Report of the Municipal Commissioner on the plague in Bombay for the year ending 31st May... - Volume 1
Disease focus: Plague
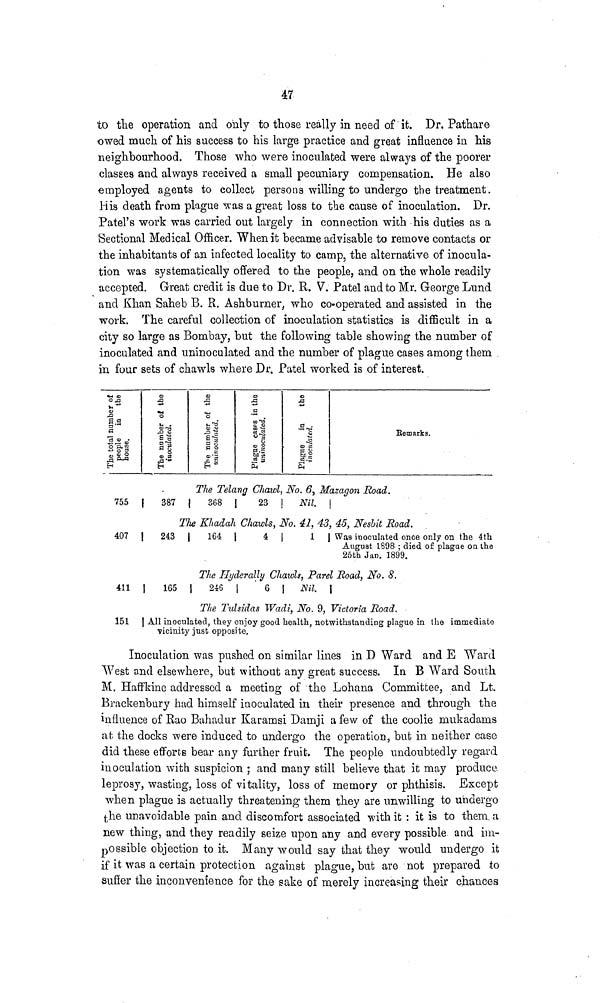
47
to the operation and only to those really in need of it. Dr. Pathare
owed much of his success to his large practice and great influence in his
neighbourhood. Those who were inoculated were always of the poorer
classes and always received a small pecuniary compensation. He also
employed agents to collect persons willing to undergo the treatment.
His death from plague was a great loss to the cause of inoculation. Dr.
Patel's work was carried out largely in connection with his duties as a
Sectional Medical Officer. When it became advisable to remove contacts or
the inhabitants of an infected locality to camp, the alternative of inocula-
tion was systematically offered to the people, and on the whole readily
accepted. Great credit is due to Dr. R. V. Patel and to Mr. George Lund
and Khan Saheb B. R. Ashburner, who co-operated and assisted in the
work. The careful collection of inoculation statistics is difficult in a
city so large as Bombay, but the following table showing the number of
inoculated and uninoculated and the number of plague cases among them
in four sets of chawls where Dr. Patel worked is of interest.
755
The number of the innoculated.
|
387
The number of the uninoculated. Platue in the inoculated.
Bemarks.
The Telang Chawl, No. 6, Mazagon Road.
\
368 | 23 Nil.
The Khadah Chawls, No. 41, 43, 45, Neslit Road.
407
411
151
243
|
165
j
164
4
1
Was inoculated once only on the 4th
August 1898 ; died of plague on the
25th Jan. 1899.
The Hy der ally Chawls, P arel Road, No. 8.
\
246
6 I
Nil. 1
The Tulsidas Wadi, No. 9, Victoria Road.
I All inoculated they enjoy good health, notwithstanding plague in the immediate
vicinity just opposite.
Inoculation was pushed on similar lines in D Ward and E Ward
West and elsewhere, but without any great success. In B Ward South
M. Haffkine addressed a meeting of the Lohana Committee, and Lt.
Brackenbury had himself inoculated in their presence and through the
influence of Rao Bahadur Karamsi Damji a few of the coolie mukadams
at the docks were induced to undergo the operation, but in neither case
did these efforts bear any further fruit. The people undoubtedly regard
inoculation with suspicion ; and many stilt believe that it may produce,
leprosy, wasting, loss of vitality, loss of memory or phthisis. Except
when plague is actually threatening them they are unwilling to undergo
the unavoidable pain and discomfort associated with it : it is to them a
new thing, and they readily seize upon any and every possible and im-
possible objection to it. Many would say that they would undergo it
if it was a certain protection against plague, but are not prepared to
suffer the inconvenience for the sake of merely increasing their chances